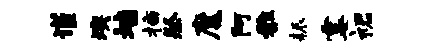
谨燠墙插祭魔阿雅耨霎裙